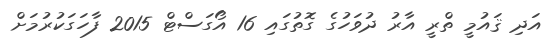
އަދި ޤައުމީ ތްރީ އާރު ދުވަހުގެ ގޮތުގައި 16 އޯގަސްޓް 2015 ފާހަގަކުރުމަށް